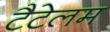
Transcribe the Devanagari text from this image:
टैटेलम